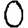
Digit: 0